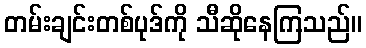
တမ်းချင်းတစ်ပုဒ်ကို သီဆိုနေကြသည်။